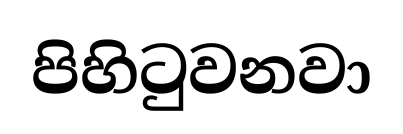
පිහිටුවනවා